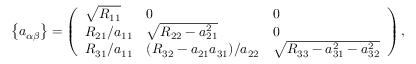
\left\{ a _ { \alpha \beta } \right\} = \left( \begin{array} { l l l } { \sqrt { R _ { 1 1 } } } & { 0 } & { 0 } \\ { R _ { 2 1 } / a _ { 1 1 } } & { \sqrt { R _ { 2 2 } - a _ { 2 1 } ^ { 2 } } } & { 0 } \\ { R _ { 3 1 } / a _ { 1 1 } } & { ( R _ { 3 2 } - a _ { 2 1 } a _ { 3 1 } ) / a _ { 2 2 } } & { \sqrt { R _ { 3 3 } - a _ { 3 1 } ^ { 2 } - a _ { 3 2 } ^ { 2 } } } \end{array} \right) ,